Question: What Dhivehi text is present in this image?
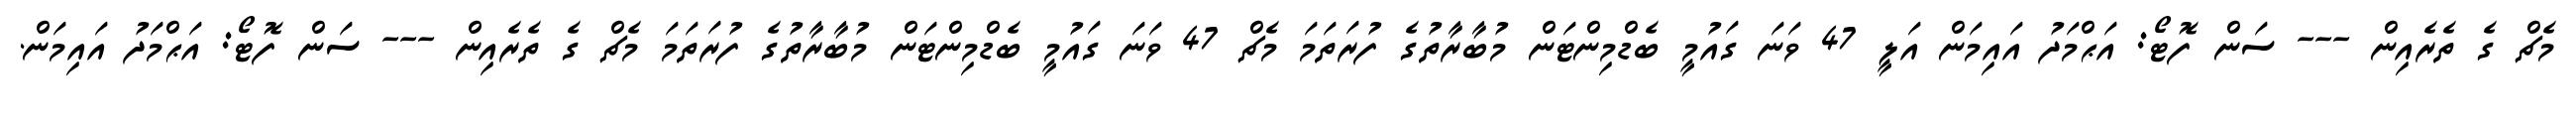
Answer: މެޗް ގެ ތެރެއިން --- ސަން ފޮޓޯ: އަޙްމަދު އައިމަން އަލީ 47 ވަނަ ގައުމީ ބެޑްމިންޓަން މުބާރާތުގެ ފުރަތަމަ މެޗް 47 ވަނަ ގައުމީ ބެޑްމިންޓަން މުބާރާތުގެ ފުރަތަމަ މެޗް ގެ ތެރެއިން --- ސަން ފޮޓޯ: އަޙްމަދު އައިމަން.